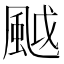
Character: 䬂